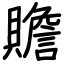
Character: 贍